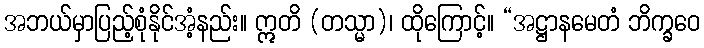
အဘယ်မှာပြည့်စုံနိုင်အံ့နည်း။ ဣတိ (တသ္မာ)၊ ထိုကြောင့်။ “အဋ္ဌာနမေတံ ဘိက္ခဝေ